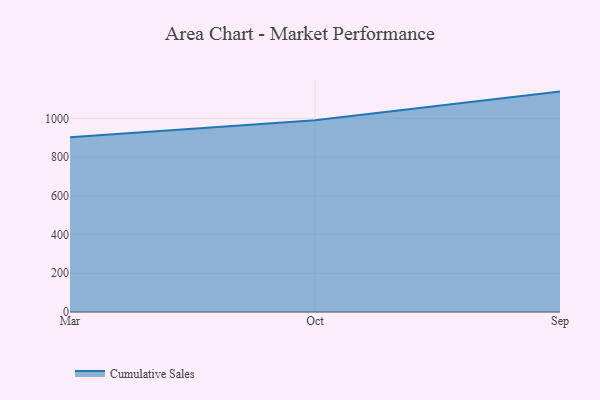
{"axis": {"x": "Month", "y": "Shipments"}, "legend": ["Cumulative Sales"], "data": [{"x": "Mar", "y": 903.5, "type": "Cumulative Sales"}, {"x": "Oct", "y": 991.2, "type": "Cumulative Sales"}, {"x": "Sep", "y": 1138.8, "type": "Cumulative Sales"}]}